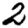
Digit: 2